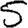
Digit: 5